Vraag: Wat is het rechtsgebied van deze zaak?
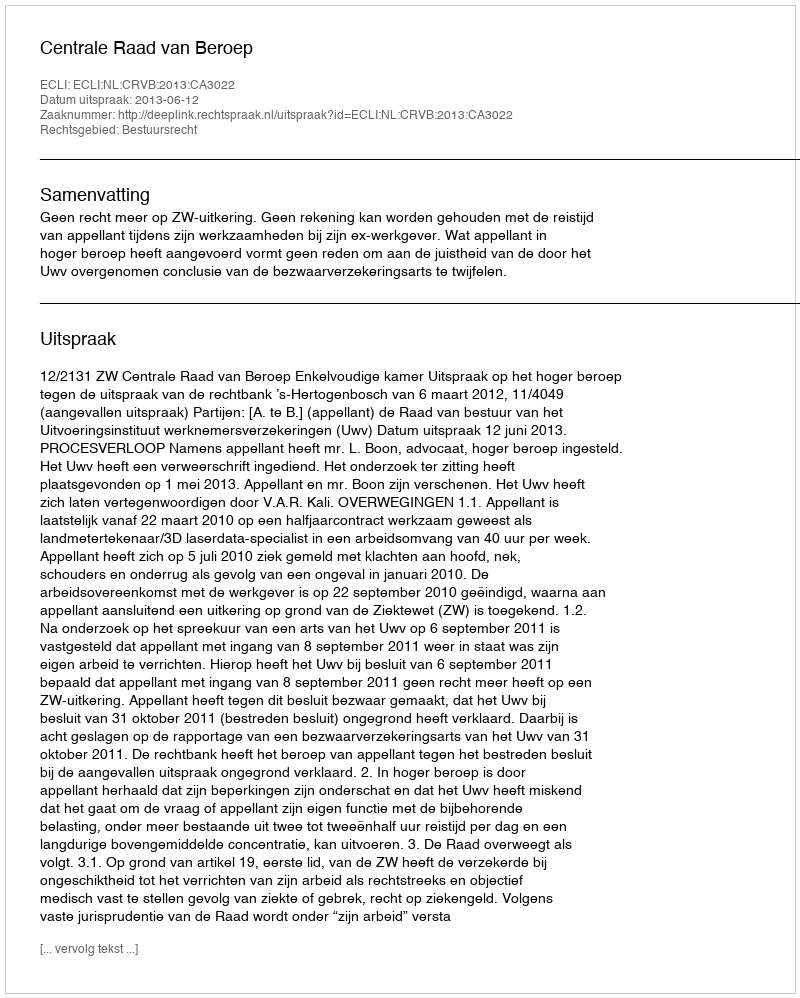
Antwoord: Bestuursrecht